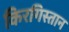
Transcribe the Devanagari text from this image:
किरगिस्तान